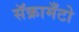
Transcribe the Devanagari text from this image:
सॅक्रामँटो